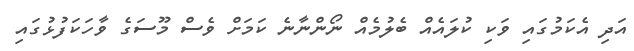
އަދި އެކަމުގައި ވަކި ކުލައެއް ބެލުމެއް ނޯންނާނެ ކަމަށް ވެސް މޫސަގެ ވާހަކަފުޅުގައި